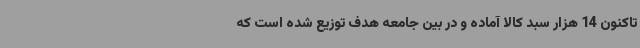
تاکنون 14 هزار سبد کالا آماده و در بین جامعه هدف توزیع شده است که